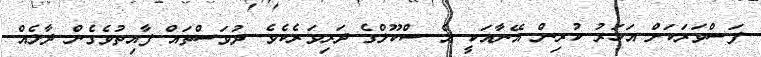
ފަސްވަރަކަށް އަހަރު ކުރިން އޭނާއަކީ އެ ސްކޫލްގެ ދަރިވަރެކެވެ. ދުވަސްތައް ފާއިތުވެގެން ދާލެއް